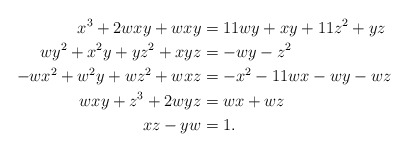
\begin{align*}x^3 + 2wxy + wxy &= 11wy + xy + 11z^2 + yz \\wy^2 + x^2y + yz^2 + xyz &= -wy - z^2 \\-wx^2 + w^2y + wz^2 + wxz &= -x^2 - 11wx - wy - wz \\wxy + z^3 + 2wyz &= wx + wz \\xz - yw & = 1.\end{align*}